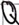
Text: Q